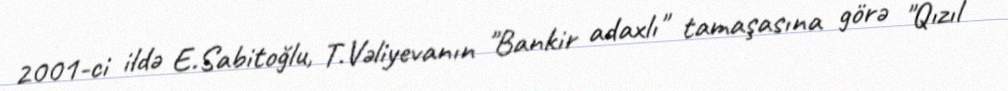
2001-ci ildə E.Sabitoğlu, T.Vəliyevanın "Bankir adaxlı" tamaşasına görə "Qızıl